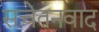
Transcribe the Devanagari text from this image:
सचेतनवाद